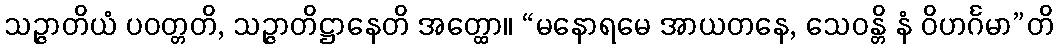
သဉ္ဇာတိယံ ပဝတ္တတိ, သဉ္ဇာတိဋ္ဌာနေတိ အတ္ထော။ “မနောရမေ အာယတနေ, သေဝန္တိ နံ ဝိဟင်္ဂမာ”တိ